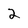
Character: 2